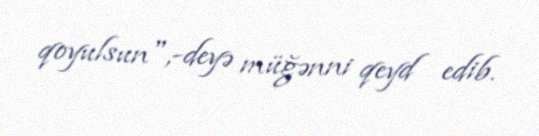
qoyulsun",-deyə müğənni qeyd edib.